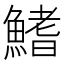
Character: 鰭